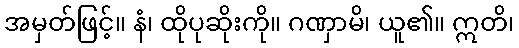
အမှတ်ဖြင့်။ နံ၊ ထိုပုဆိုးကို။ ဂဏှာမိ၊ ယူ၏။ ဣတိ၊